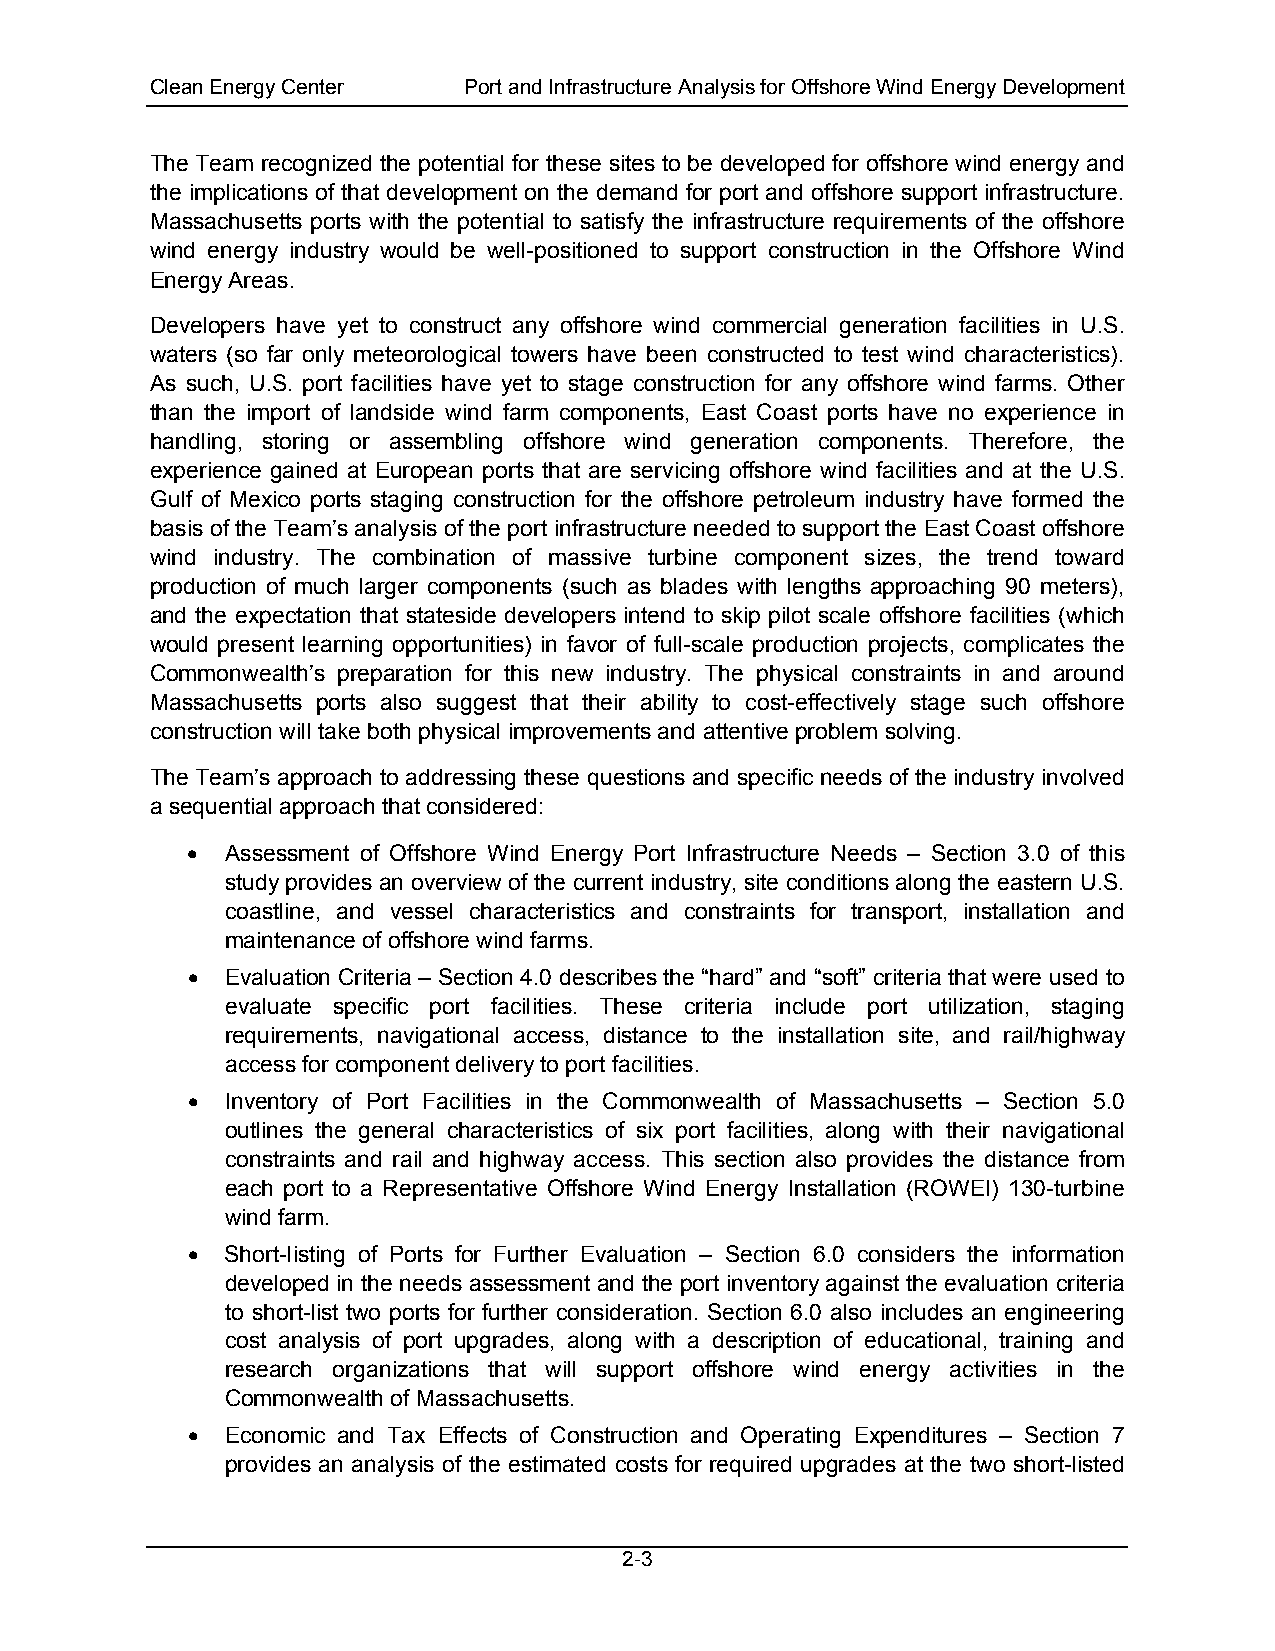
Clean Energy Center  Port and Infrastructure Analysis for Offshore Wind Energy Development
 The Team recognized the potential for these sites to be developed for offshore wind energy and
 the implications of that development on the demand for port and offshore support infrastructure.
 Massachusetts ports with the potential to satisfy the infrastructure requirements of the offshore
 wind energy industry would be well-positioned to support construction in the Offshore Wind
 Energy Areas.
 Developers have yet to construct any offshore wind commercial generation facilities in U.S.
 waters (so far only meteorological towers have been constructed to test wind characteristics).
 As such, U.S. port facilities have yet to stage construction for any offshore wind farms. Other
 than the import of landside wind farm components, East Coast ports have no experience in
 handling, storing or assembling offshore wind generation components. Therefore, the
 experience gained at European ports that are servicing offshore wind facilities and at the U.S.
 Gulf of Mexico ports staging construction for the offshore petroleum industry have formed the
 basis of the Team’s analysis of the port infrastructure needed to support the East Coast offshore
 wind industry. The combination of massive turbine component sizes, the trend toward
 production of much larger components (such as blades with lengths approaching 90 meters),
 and the expectation that stateside developers intend to skip pilot scale offshore facilities (which
 would present learning opportunities) in favor of full-scale production projects, complicates the
 Commonwealth’s preparation for this new industry. The physical constraints in and around
 Massachusetts ports also suggest that their ability to cost-effectively stage such offshore
 construction will take both physical improvements and attentive problem solving.
 The Team’s approach to addressing these questions and specific needs of the industry involved
 a sequential approach that considered:
 •  Assessment of Offshore Wind Energy Port Infrastructure Needs – Section 3.0 of this
 study provides an overview of the current industry, site conditions along the eastern U.S.
 coastline, and vessel characteristics and constraints for transport, installation and
 maintenance of offshore wind farms.
 •  Evaluation Criteria – Section 4.0 describes the “hard” and “soft” criteria that were used to
 evaluate specific port facilities. These criteria include port utilization, staging
 requirements, navigational access, distance to the installation site, and rail/highway
 access for component delivery to port facilities.
 •  Inventory of Port Facilities in the Commonwealth of Massachusetts – Section 5.0
 outlines the general characteristics of six port facilities, along with their navigational
 constraints and rail and highway access. This section also provides the distance from
 each port to a Representative Offshore Wind Energy Installation (ROWEI) 130-turbine
 wind farm.
 •  Short-listing of Ports for Further Evaluation – Section 6.0 considers the information
 developed in the needs assessment and the port inventory against the evaluation criteria
 to short-list two ports for further consideration. Section 6.0 also includes an engineering
 cost analysis of port upgrades, along with a description of educational, training and
 research organizations that will support offshore wind energy activities in the
 Commonwealth of Massachusetts.
 •  Economic and Tax Effects of Construction and Operating Expenditures – Section 7
 provides an analysis of the estimated costs for required upgrades at the two short-listed
 2-3